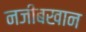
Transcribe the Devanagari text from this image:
नजीबखान